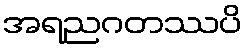
အရညဂတဿပိ